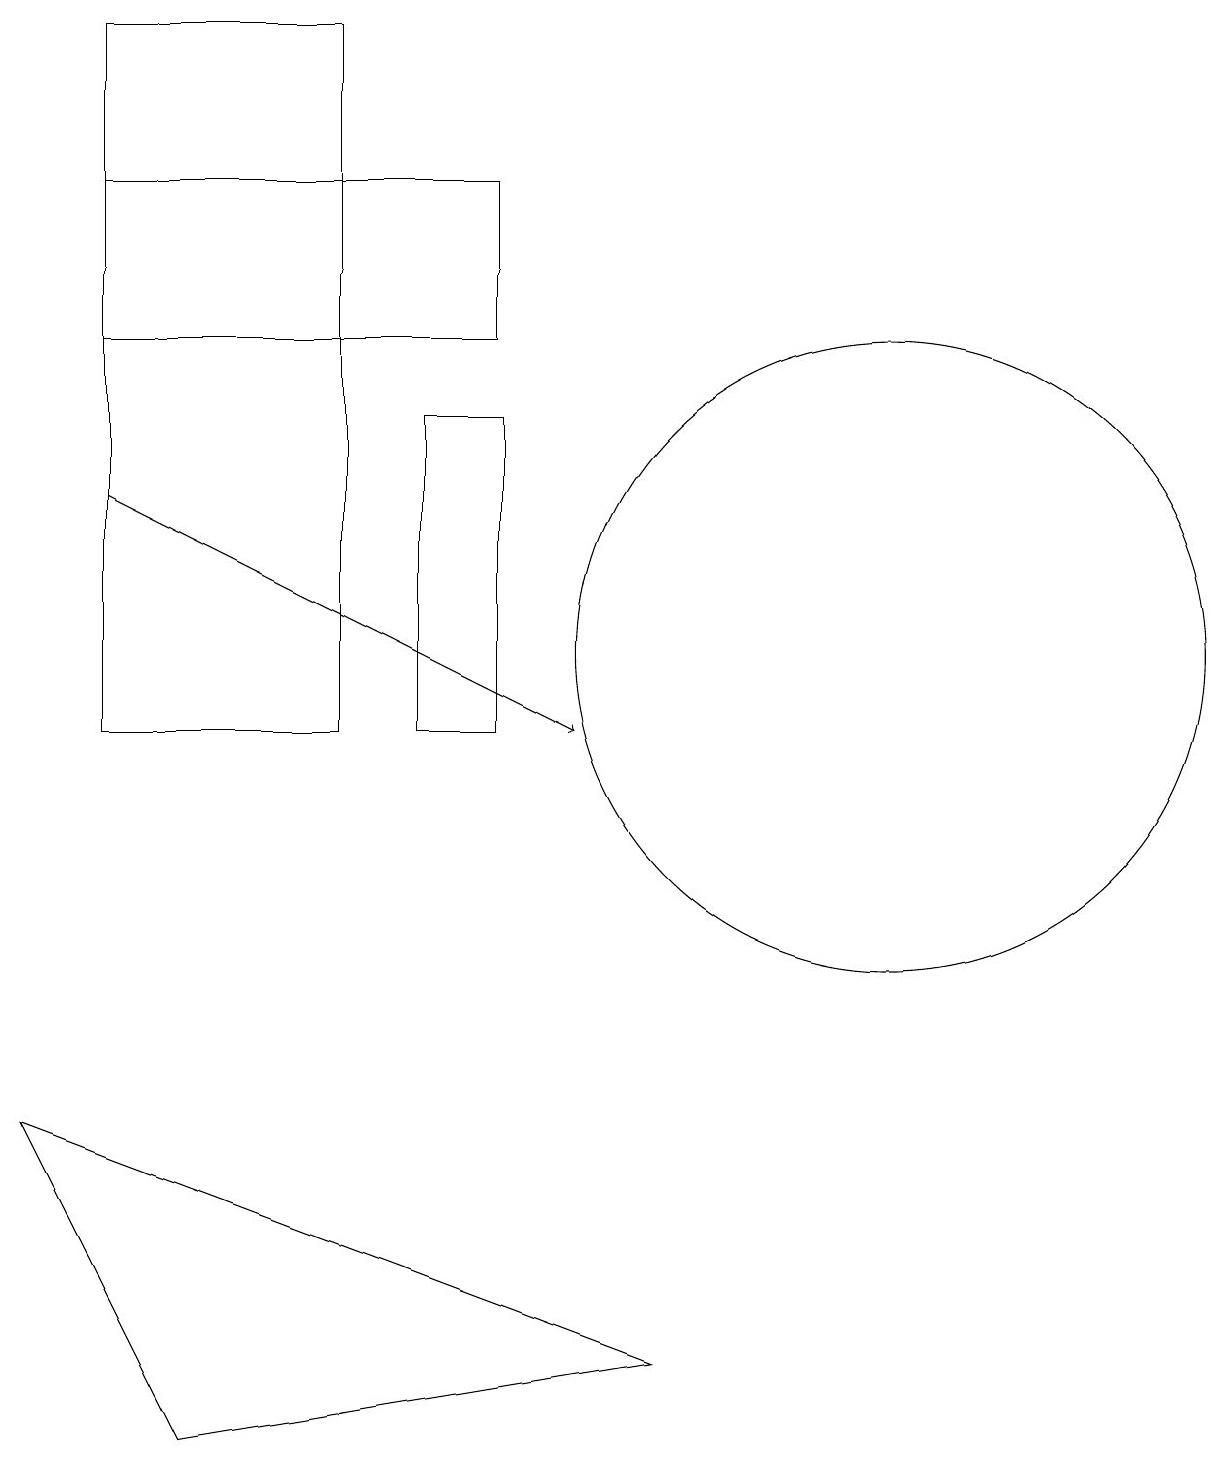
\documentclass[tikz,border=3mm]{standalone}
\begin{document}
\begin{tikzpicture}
\draw (9,2) -- (1,5) -- (3,1) -- cycle;
\draw[->] (2,13) -- (8,10);
\draw (7,15) rectangle (2,17);
\draw (7,10) rectangle (6,14);
\draw (2,10) rectangle (5,19);
\draw (12,11) circle (4);
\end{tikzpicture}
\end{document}